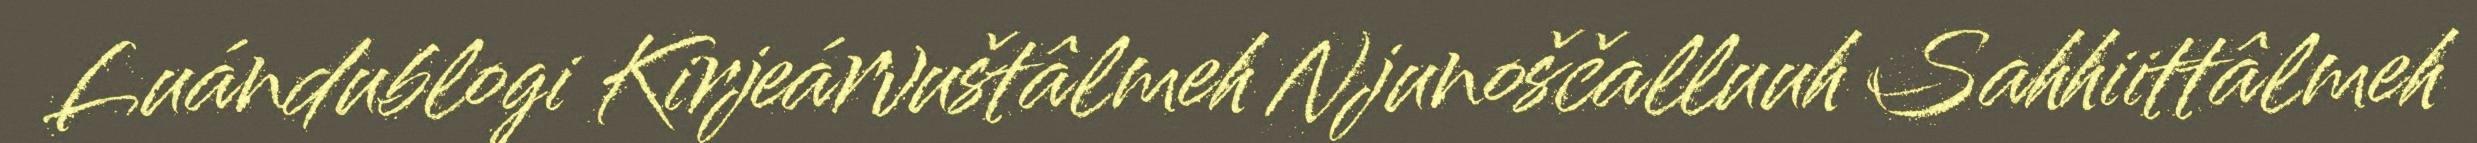
Luándublogi Kirjeárvuštâlmeh Njunoščalluuh Sahhiittâlmeh